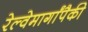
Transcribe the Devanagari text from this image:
रेल्वेमार्गांपैकी